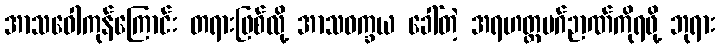
အာသဝေါကုန်ကြောင်း တရားဖြစ်လို့ အာသဝက္ခယ ခေါ်တဲ့ အရဟတ္တမဂ်ဉာဏ်ကိုရဖို့ ဘုရား